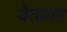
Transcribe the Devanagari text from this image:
चेतावर